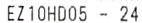
EZ10HD05 - 24